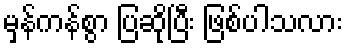
မှန်ကန်စွာ ပြဆိုပြီး ဖြစ်ပါသလား